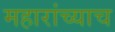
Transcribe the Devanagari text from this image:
महारांच्याच